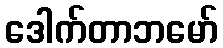
ဒေါက်တာဘမော်